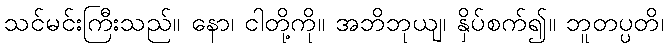
သင်မင်းကြီးသည်။ နော၊ ငါတို့ကို။ အဘိဘုယျ၊ နှိပ်စက်၍။ ဘူတပ္ပတိ၊